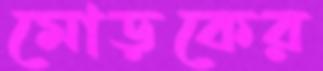
মোড়কের